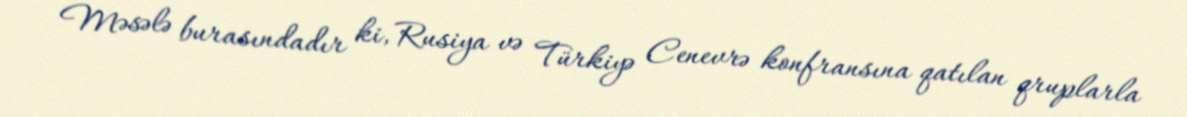
Məsələ burasındadır ki, Rusiya və Türkiyə Cenevrə konfransına qatılan qruplarla